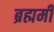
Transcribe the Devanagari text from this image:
ब्रह्ममी